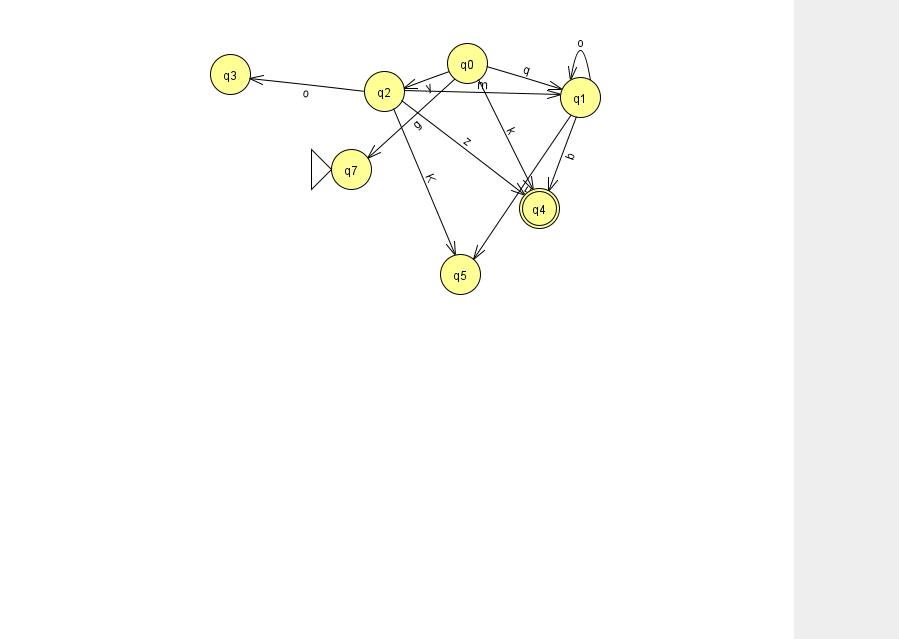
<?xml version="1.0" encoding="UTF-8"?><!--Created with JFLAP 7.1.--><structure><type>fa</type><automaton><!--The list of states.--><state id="0" name="q0"><x>467.0</x><y>50.0</y></state><state id="1" name="q1"><x>580.0</x><y>84.0</y></state><state id="2" name="q2"><x>384.0</x><y>78.0</y></state><state id="3" name="q3"><x>230.0</x><y>61.0</y></state><state id="4" name="q4"><x>539.0</x><y>195.0</y><final/></state><state id="5" name="q5"><x>460.0</x><y>261.0</y></state><state id="7" name="q7"><x>351.0</x><y>156.0</y><initial/></state><!--The list of transitions.--><transition><from>1</from><to>5</to><read>E</read></transition><transition><from>2</from><to>5</to><read>K</read></transition><transition><from>2</from><to>3</to><read>o</read></transition><transition><from>2</from><to>1</to><read>m</read></transition><transition><from>0</from><to>2</to><read>y</read></transition><transition><from>0</from><to>1</to><read>q</read></transition><transition><from>0</from><to>7</to><read>g</read></transition><transition><from>2</from><to>4</to><read>z</read></transition><transition><from>0</from><to>4</to><read>k</read></transition><transition><from>1</from><to>4</to><read>b</read></transition><transition><from>1</from><to>1</to><read>o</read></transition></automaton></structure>